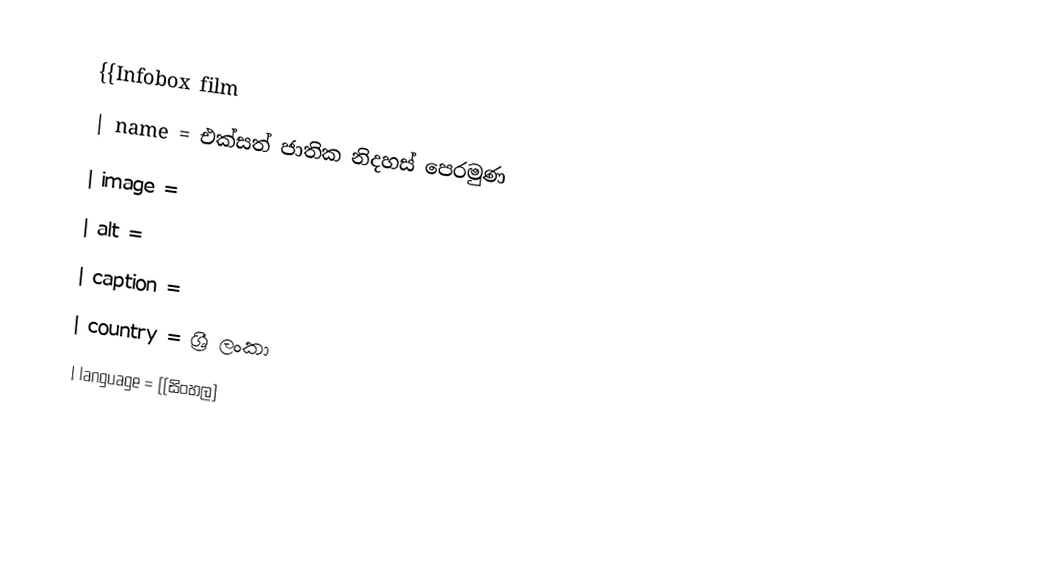
{{Infobox film
| name           = එක්සත් ජාතික නිදහස් පෙරමුණ
| image          =
| alt            =
| caption        =
| country        = ශ්‍රී ලංකා
| language       = [[සිංහල]